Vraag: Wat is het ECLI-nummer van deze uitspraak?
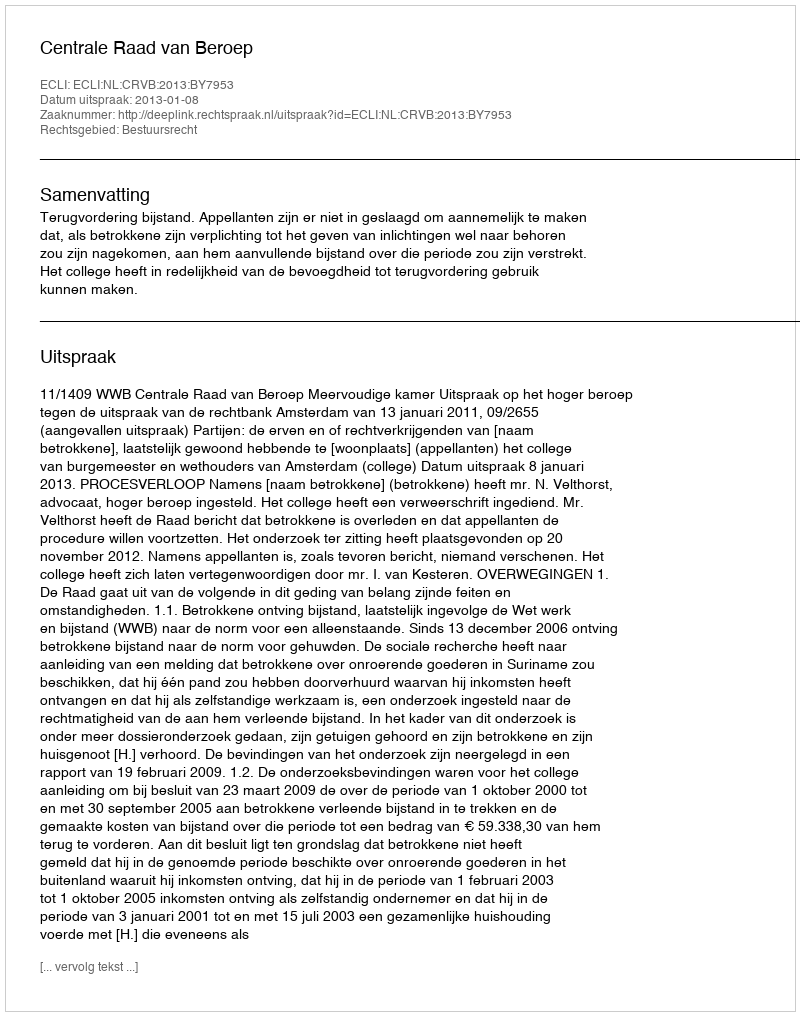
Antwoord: ECLI:NL:CRVB:2013:BY7953